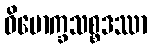
ဝိမောက္ခသစ္စဒဿာ